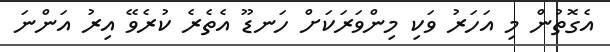
އެގޮތުން މި އަހަރު ވަކި މިންވަރަކަށް ހަނޑޫ އެތެރެ ކުރެވޭ އިރު އަންނަ